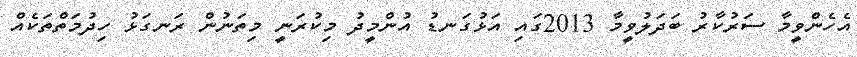
އެހެންވީމާ ސަރުކާރު ބަދަލުވީމާ 2013ގައި އަޅުގަނޑު އުންމީދު މިކުރަނީ މިތަނުން ރަނގަޅު ހިދުމަތްތަކެއް